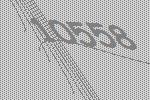
10558